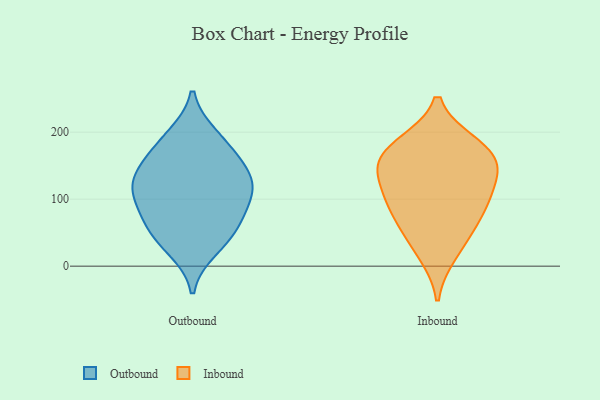
{"axis": {"x": "Page Views", "y": "Value"}, "legend": ["Inbound", "Outbound"], "data": [{"x": "", "y": 126, "type": "Outbound"}, {"x": "", "y": 121, "type": "Outbound"}, {"x": "", "y": 52, "type": "Outbound"}, {"x": "", "y": 194, "type": "Outbound"}, {"x": "", "y": 184, "type": "Outbound"}, {"x": "", "y": 83, "type": "Outbound"}, {"x": "", "y": 26, "type": "Outbound"}, {"x": "", "y": 46, "type": "Outbound"}, {"x": "", "y": 118, "type": "Outbound"}, {"x": "", "y": 76, "type": "Outbound"}, {"x": "", "y": 109, "type": "Outbound"}, {"x": "", "y": 147, "type": "Outbound"}, {"x": "", "y": 158, "type": "Outbound"}, {"x": "", "y": 87, "type": "Inbound"}, {"x": "", "y": 107, "type": "Inbound"}, {"x": "", "y": 46, "type": "Inbound"}, {"x": "", "y": 18, "type": "Inbound"}, {"x": "", "y": 182, "type": "Inbound"}, {"x": "", "y": 183, "type": "Inbound"}, {"x": "", "y": 166, "type": "Inbound"}, {"x": "", "y": 142, "type": "Inbound"}, {"x": "", "y": 71, "type": "Inbound"}, {"x": "", "y": 103, "type": "Inbound"}, {"x": "", "y": 151, "type": "Inbound"}, {"x": "", "y": 144, "type": "Inbound"}]}